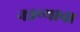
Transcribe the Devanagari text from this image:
नन्नय्याचा